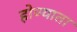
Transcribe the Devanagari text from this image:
होण्याता